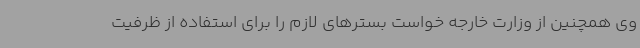
وی همچنین از وزارت خارجه خواست بسترهای لازم را برای استفاده از ظرفیت